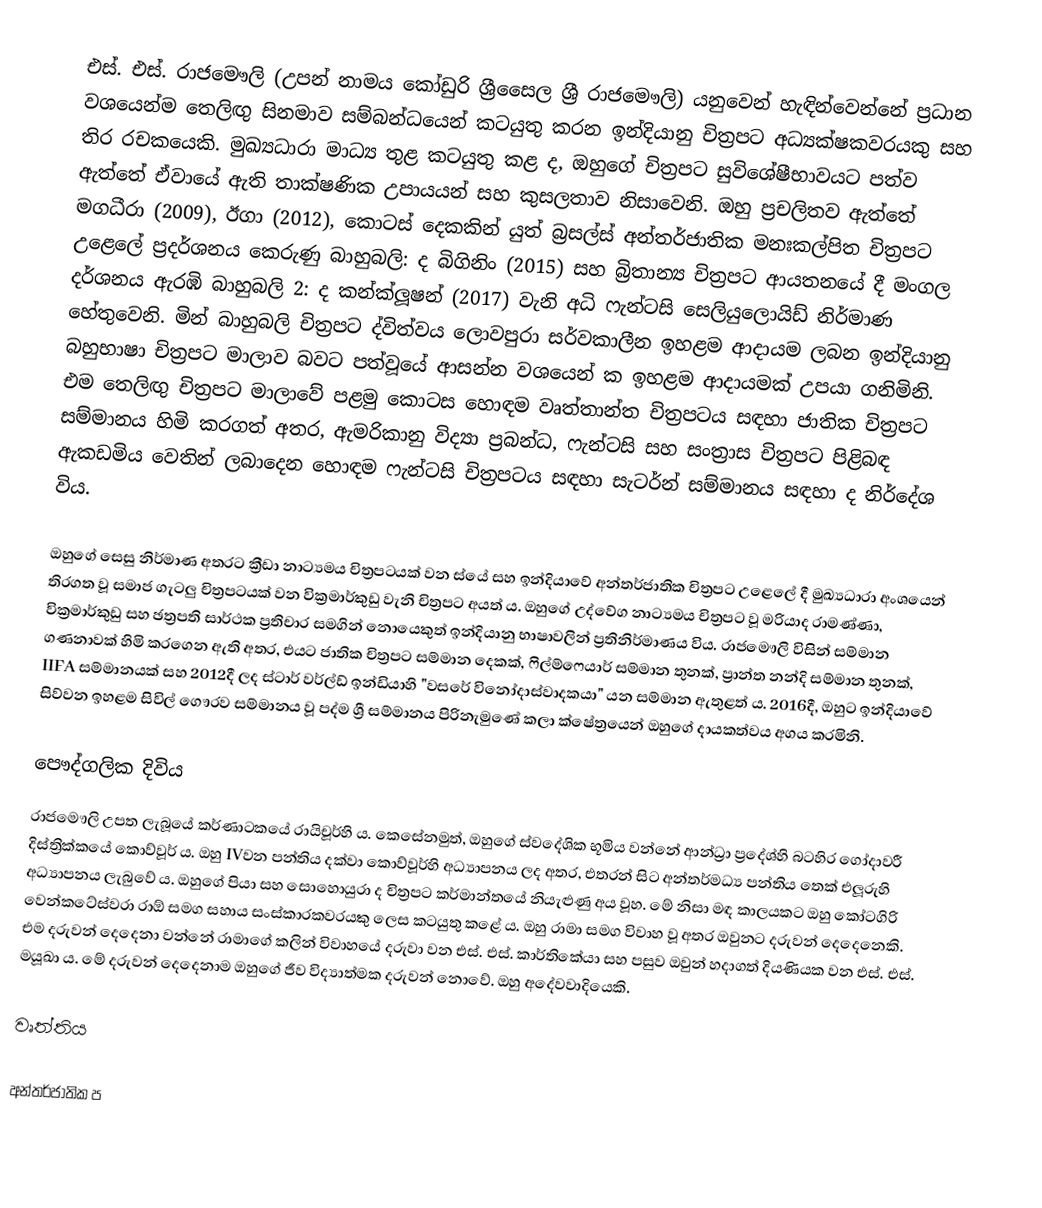
එස්. එස්. රාජමෞලි (උපන් නාමය කෝඩුරි ශ්‍රීසෛල ශ්‍රී රාජමෞලි) යනුවෙන් හැඳින්වෙන්නේ ප්‍රධාන වශයෙන්ම තෙලිඟු සිනමාව සම්බන්ධයෙන් කටයුතු කරන ඉන්දියානු චිත්‍රපට අධ්‍යක්ෂකවරයකු සහ තිර රචකයෙකි. මුඛ්‍යධාරා මාධ්‍ය තුළ කටයුතු කළ ද, ඔහුගේ චිත්‍රපට සුවිශේෂීභාවයට පත්ව ඇත්තේ ඒවායේ ඇති තාක්ෂණික උපායයන් සහ කුසලතාව නිසාවෙනි. ඔහු ප්‍රචලිතව ඇත්තේ මගධීරා (2009), ඊගා (2012), කොටස් දෙකකින් යුත් බ්‍රසල්ස් අන්තර්ජාතික මනඃකල්පිත චිත්‍රපට උළෙලේ ප්‍රදර්ශනය කෙරුණු බාහුබලි: ද බිගිනිං (2015) සහ බ්‍රිතාන්‍ය චිත්‍රපට ආයතනයේ දී මංගල දර්ශනය ඇරඹි බාහුබලි 2: ද කන්ක්ලූෂන් (2017) වැනි අධි ෆැන්ටසි සෙලියුලොයිඩ් නිර්මාණ හේතුවෙනි. මින් බාහුබලි චිත්‍රපට ද්විත්වය ලොවපුරා සර්වකාලීන ඉහළම ආදායම ලබන ඉන්දියානු බහුභාෂා චිත්‍රපට මාලාව බවට පත්වූයේ ආසන්න වශයෙන් ක ඉහළම ආදායමක් උපයා ගනිමිනි. එම තෙලිඟු චිත්‍රපට මාලාවේ පළමු කොටස හොඳම වෘත්තාන්ත චිත්‍රපටය සඳහා ජාතික චිත්‍රපට සම්මානය හිමි කරගත් අතර, ඇමරිකානු විද්‍යා ප්‍රබන්ධ, ෆැන්ටසි සහ සංත්‍රාස චිත්‍රපට පිළිබඳ ඇකඩමිය වෙතින් ලබාදෙන හොඳම ෆැන්ටසි චිත්‍රපටය සඳහා සැටර්න් සම්මානය සඳහා ද නිර්දේශ විය.

ඔහුගේ සෙසු නිර්මාණ අතරට ක්‍රීඩා නාට්‍යමය චිත්‍රපටයක් වන ස්යේ සහ ඉන්දියාවේ අන්තර්ජාතික චිත්‍රපට උළෙලේ දී මුඛ්‍යධාරා අංශයෙන් තිරගත වූ සමාජ ගැටලු චිත්‍රපටයක් වන වික්‍රමාර්කුඩු වැනි චිත්‍රපට අයත් ය. ඔහුගේ උද්වේග නාට්‍යමය චිත්‍රපට වූ මරියාද රාමණ්ණා, වික්‍රමාර්කුඩු සහ ඡත්‍රපති සාර්ථක ප්‍රතිචාර සමගින් නොයෙකුත් ඉන්දියානු භාෂාවලින් ප්‍රතිනිර්මාණය විය. රාජමෞලි විසින් සම්මාන ගණනාවක් හිමි කරගෙන ඇති අතර, එයට ජාතික චිත්‍රපට සම්මාන දෙකක්, ෆිල්ම්ෆෙයාර් සම්මාන ‍තුනක්, ප්‍රාන්ත නන්දි සම්මාන තුනක්, IIFA සම්මානයක් සහ 2012දී ලද ස්ටාර් වර්ල්ඩ් ඉන්ඩියාහි "වසරේ විනෝදාස්වාදකයා" යන සම්මාන ඇතුළත් ය. 2016දී, ඔහුට ඉන්දියාවේ සිව්වන ඉහළම සිවිල් ගෞරව සම්මානය වූ පද්ම ශ්‍රී සම්මානය පිරිනැමුණේ කලා ක්ෂේත්‍රයෙන් ඔහුගේ දායකත්වය අගය කරමිනි.

පෞද්ගලික දිවිය
රාජමෞලි උපත ලැබූයේ කර්ණාටකයේ රායිචූර්හි ය. කෙසේනමුත්, ඔහුගේ ස්වදේශික භූමිය වන්නේ ආන්ධ්‍රා ප්‍රදේශ්හි බටහිර ගෝදාවරී දිස්ත්‍රික්කයේ කොව්වූර් ය. ඔහු IVවන පන්තිය දක්වා කොව්වූර්හි අධ්‍යාපනය ලද අතර, එතරන් සිට අන්තර්මධ්‍ය පන්තිය තෙක් එලූරුහි අධ්‍යාපනය ලැබුවේ ය. ඔහුගේ පියා සහ සොහොයුරා ද චිත්‍රපට කර්මාන්තයේ නියැළුණු අය වූහ. මේ නිසා මඳ කාලයකට ඔහු කෝටගිරි වෙන්කටේස්වරා රාඕ සමග සහාය සංස්කාරකවරයකු ලෙස කටයුතු කළේ ය. ඔහු රාමා සමග විවාහ වූ අතර ඔවුනට දරුවන් දෙදෙනෙකි. එම දරුවන් දෙදෙනා වන්නේ රාමාගේ කලින් විවාහයේ දරුවා වන එස්. එස්. කාර්තිකේයා සහ පසුව ඔවුන් හදාගත් දියණියක වන එස්. එස්. මයූඛා ය. මේ දරුවන් දෙදෙනාම ඔහුගේ ජීව විද්‍යාත්මක දරුවන් නොවේ. ඔහු අදේවවාදියෙකි.

වෘත්තිය

අන්තර්ජාතික ප